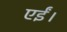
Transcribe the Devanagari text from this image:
एईं।